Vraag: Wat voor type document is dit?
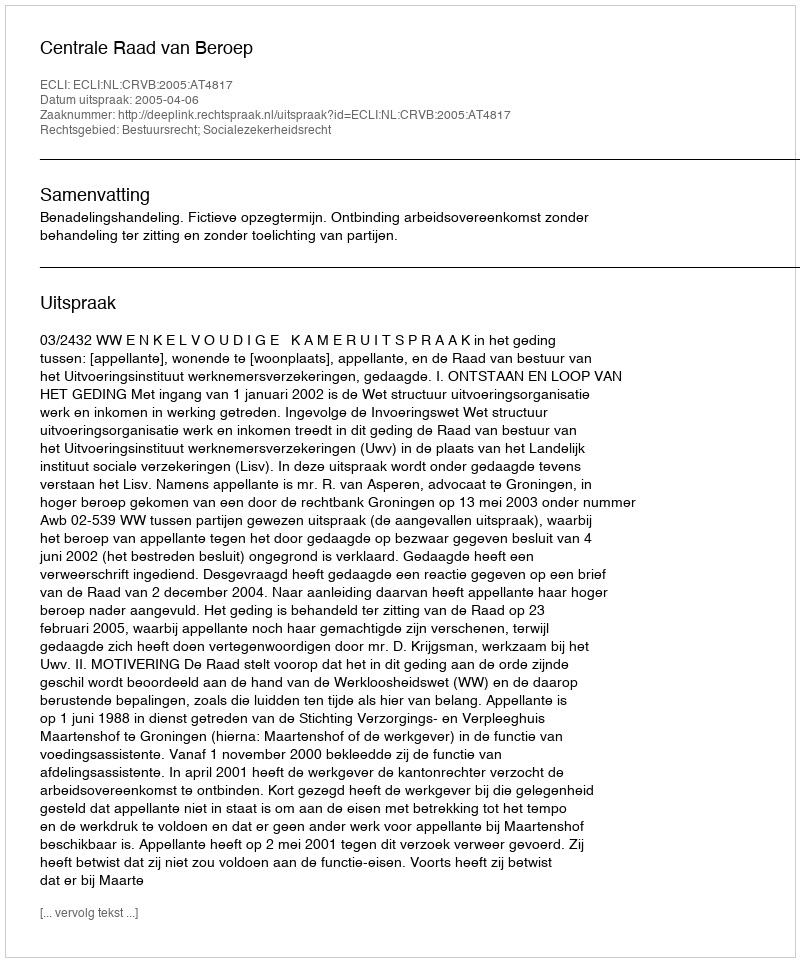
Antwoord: Uitspraak